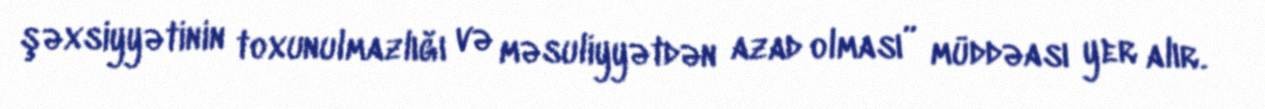
şəxsiyyətinin toxunulmazlığı və məsuliyyətdən azad olması” müddəası yer alır.